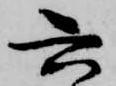
六